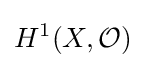
H^{1}(X,{\mathcal {O}})